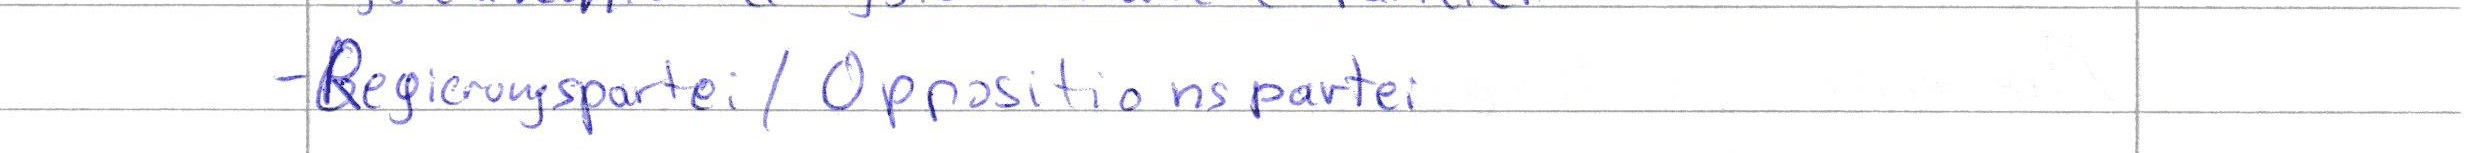
- Regierungspartei / Oppositionspartei